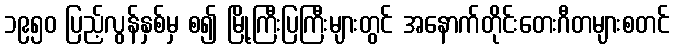
၁၉၅၀ ပြည့်လွန်နှစ်မှ စ၍ မြို့ကြီးပြကြီးများတွင် အနောက်တိုင်းတေးဂီတများစတင်